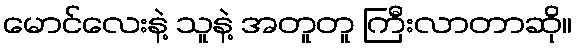
မောင်လေးနဲ့ သူနဲ့ အတူတူ ကြီးလာတာဆို။